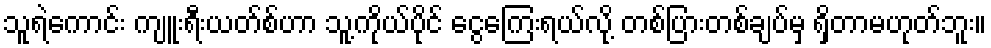
သူရဲကောင်း ကျူးရီးယတ်စ်ဟာ သူ့ကိုယ်ပိုင် ငွေကြေးရယ်လို့ တစ်ပြားတစ်ချပ်မှ ရှိတာမဟုတ်ဘူး။